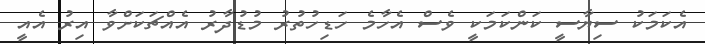
އެކަމަކު ސިޔާސީ ކަންކަމަކީ ވެސް އެހާމެ ހަޑިހުތުރު މުޑުދާރު އެއްޗަކަށްވާ އިރު އެއީ